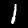
Label: 1